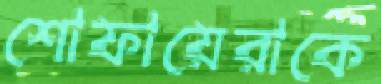
শোফায়েরাকে